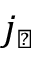
j _ { \perp }